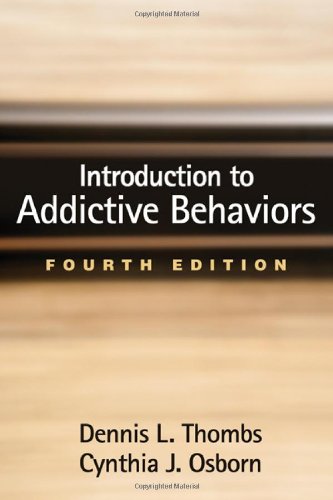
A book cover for Introduction to Addictive Behaviors, Fourth Edition (Guilford Substance Abuse Series); PhD Dennis L. Thombs PhD  FAAHB; Medical Books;